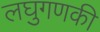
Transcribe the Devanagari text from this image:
लघुगणकी